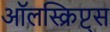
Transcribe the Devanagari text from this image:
ऑलस्क्रिप्ट्स